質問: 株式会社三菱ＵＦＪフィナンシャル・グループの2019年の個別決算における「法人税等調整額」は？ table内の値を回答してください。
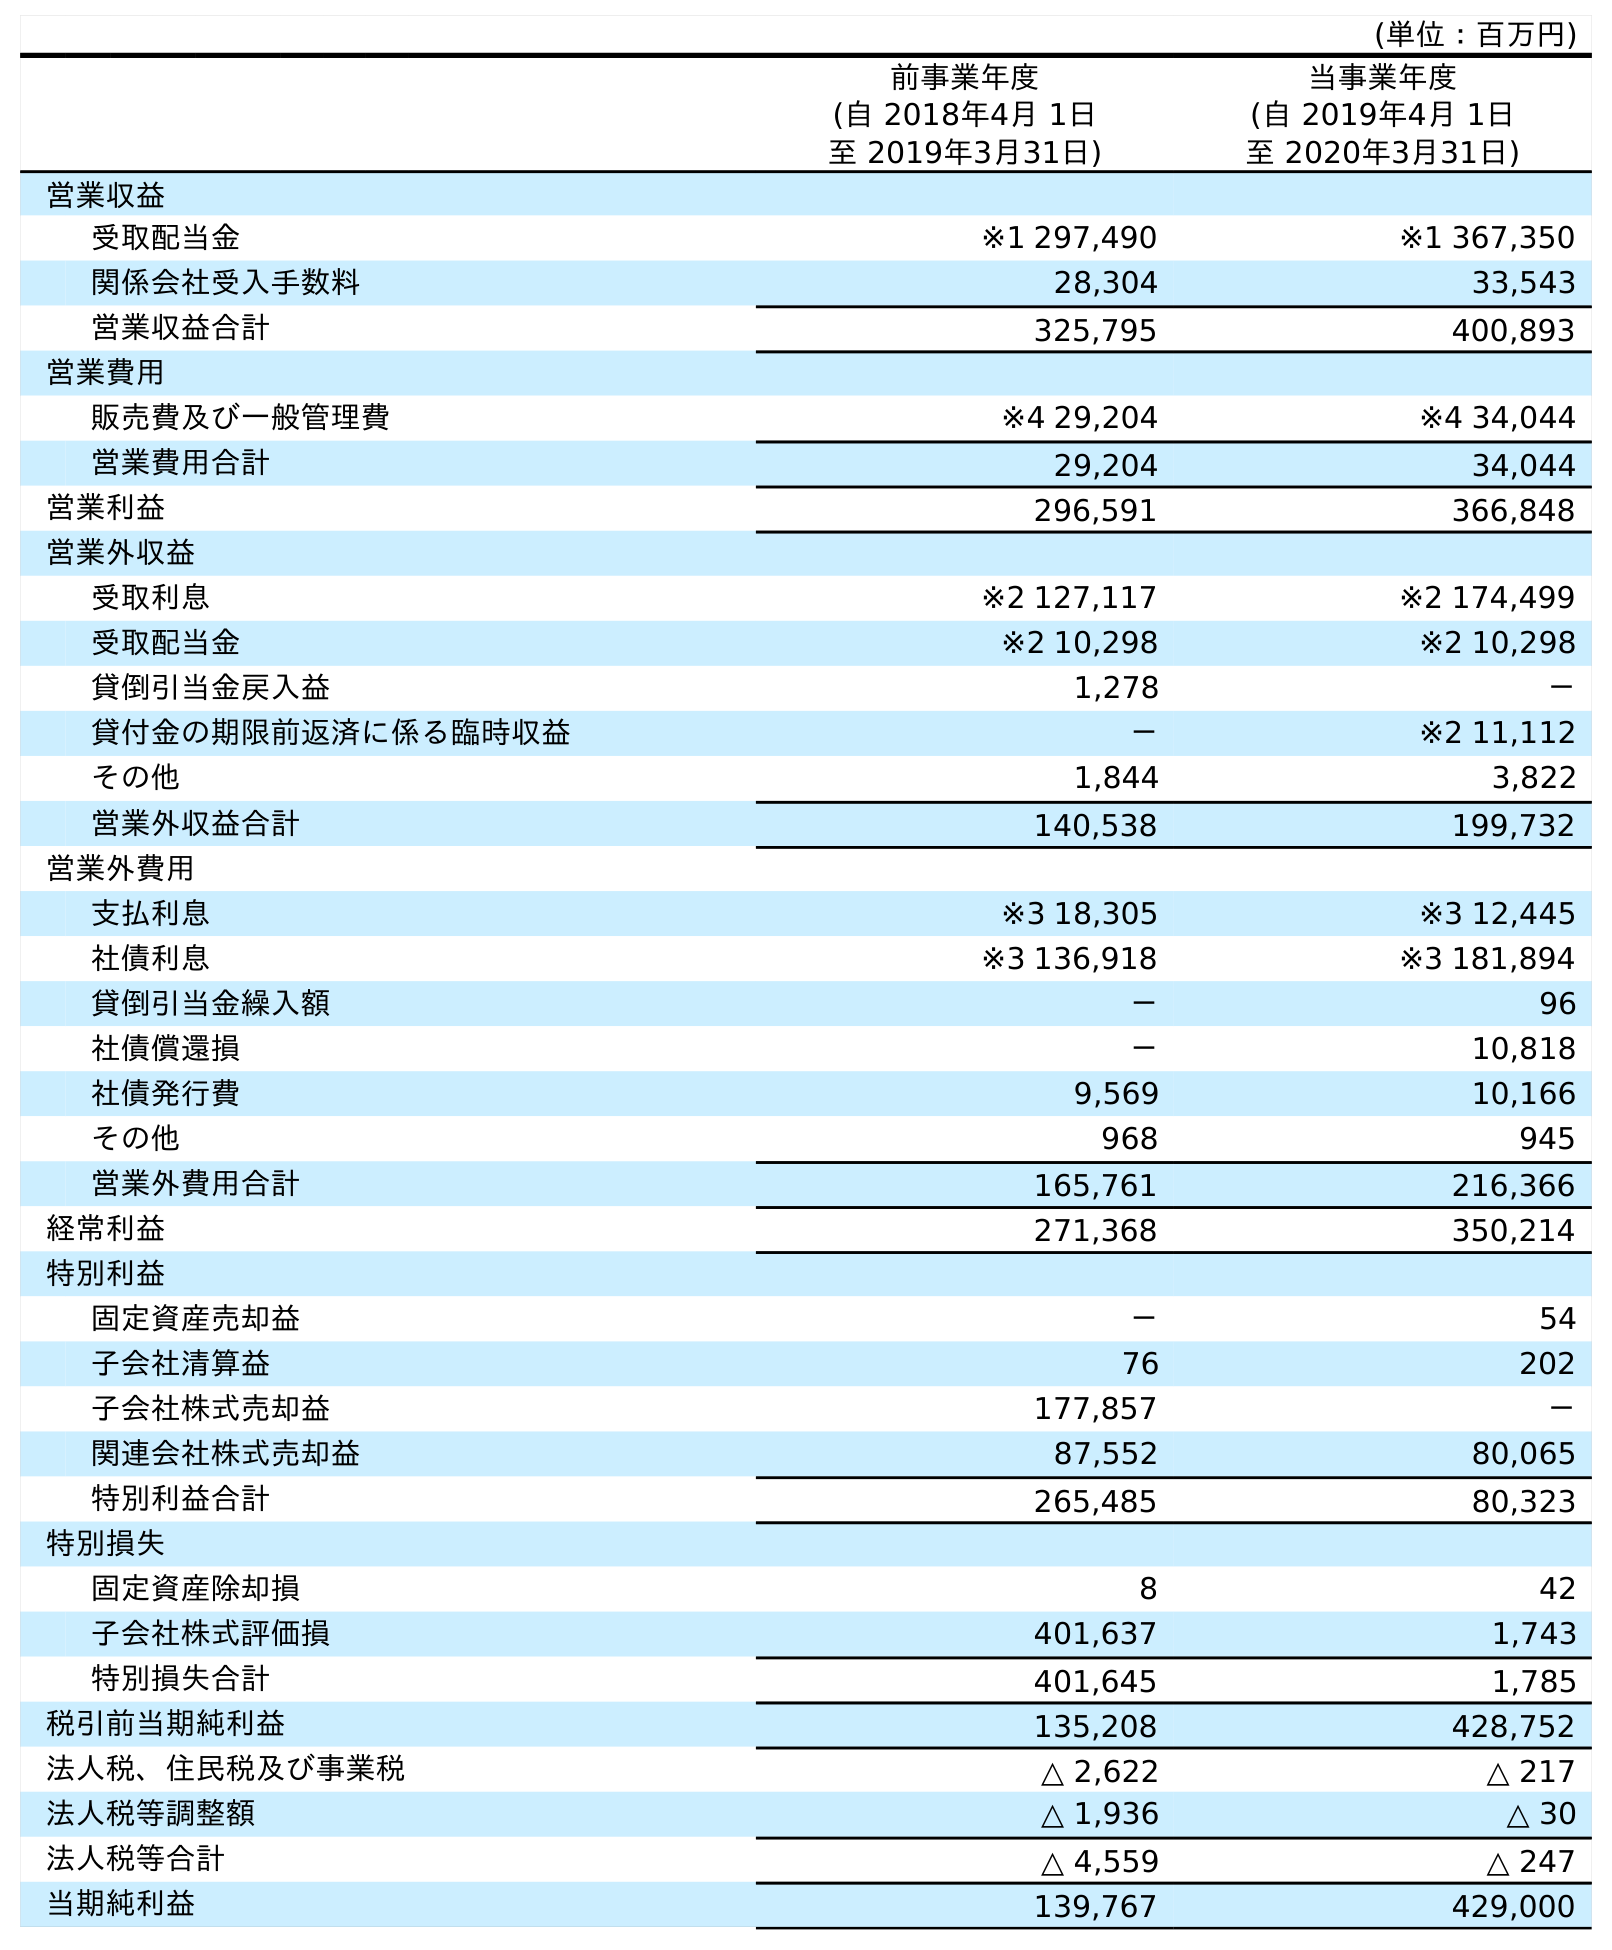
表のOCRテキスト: (単位：百万円) 前事業年度 (自 2018年4月 1日 至 2019年3月31日) 当事業年度 (自 2019年4月 1日 至 2020年3月31日) 営業収益 受取配当金 ※1 297,490 ※1 367,350 関係会社受入手数料 28,304 33,543 営業収益合計 325,795 400,893 営業費用 販売費及び一般管理費 ※4 29,204 ※4 34,044 営業費用合計 29,204 34,044 営業利益 296,591 366,848 営業外収益 受取利息 ※2 127,117 ※2 174,499 受取配当金 ※2 10,298 ※2 10,298 貸倒引当金戻入益 1,278 － 貸付金の期限前返済に係る臨時収益 － ※2 11,112 その他 1,844 3,822 営業外収益合計 140,538 199,732 営業外費用 支払利息 ※3 18,305 ※3 12,445 社債利息 ※3 136,918 ※3 181,894 貸倒引当金繰入額 － 96 社債償還損 － 10,818 社債発行費 9,569 10,166 その他 968 945 営業外費用合計 165,761 216,366 経常利益 271,368 350,214 特別利益 固定資産売却益 － 54 子会社清算益 76 202 子会社株式売却益 177,857 － 関連会社株式売却益 87,552 80,065 特別利益合計 265,485 80,323 特別損失 固定資産除却損 8 42 子会社株式評価損 401,637 1,743 特別損失合計 401,645 1,785 税引前当期純利益 135,208 428,752 法人税、住民税及び事業税 △ 2,622 △ 217 法人税等調整額 △ 1,936 △ 30 法人税等合計 △ 4,559 △ 247 当期純利益 139,767 429,000
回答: △1,936